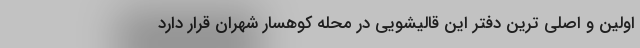
اولین و اصلی ترین دفتر این قالیشویی در محله کوهسار شهران قرار دارد